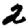
Digit: 2